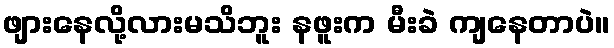
ဖျားနေလို့လားမသိဘူး နဖူးက မီးခဲ ကျနေတာပဲ။